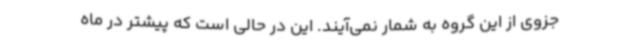
جزوی از این گروه به شمار نمی‌آیند. این در حالی است که پیشتر در ماه